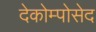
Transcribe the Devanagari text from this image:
देकोम्पोसेद